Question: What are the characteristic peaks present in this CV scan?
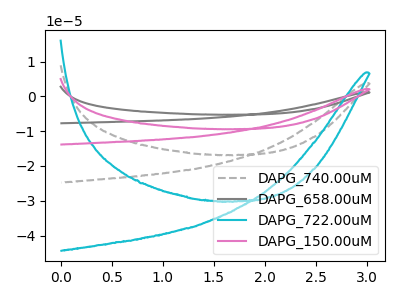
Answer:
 <answer>The gray dashed curve "DAPG_740.00uM" has no peaks. The gray curve "DAPG_658.00uM" has no peaks. The cyan curve "DAPG_722.00uM" has no peaks. The pink curve "DAPG_150.00uM" has no peaks.</answer>
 <eval></eval>